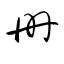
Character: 册